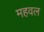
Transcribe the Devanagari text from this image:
महवल